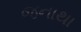
જનાથા